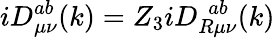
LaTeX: iD_{\mu\nu}^{ab}(k)=Z_{3}iD_{R\mu\nu}^{~~ab}(k)